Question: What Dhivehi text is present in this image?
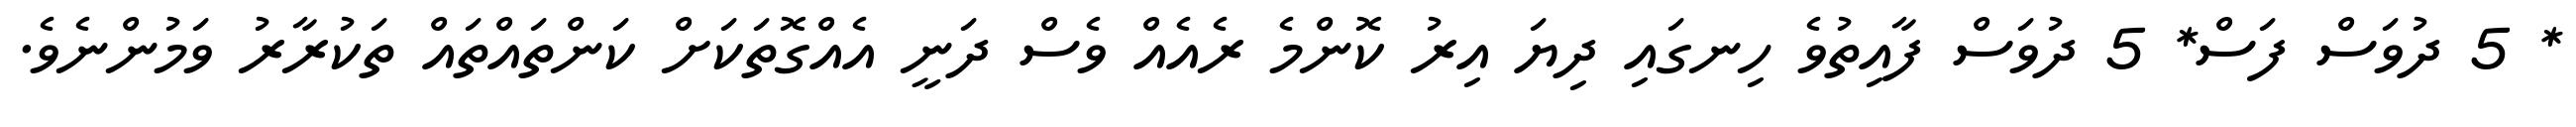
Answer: * 5 ދުވަސް ފަސް* 5 ދުވަސް ފާއިތުވެ ހިނގައި ދިޔަ އިރު ކޮންމެ ރެއެއް ވެސް ދަނީ އެއްގޮތަކަށް ކަންތައްތައް ތަކުރާރު ވަމުންނެވެ.